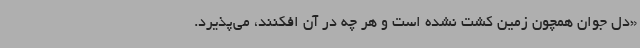
«دل جوان همچون زمین کشت‌ نشده است و هر چه در آن افکنند، می‌پذیرد.